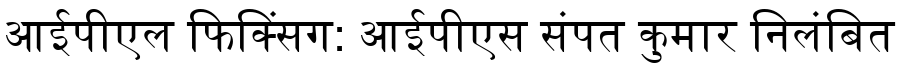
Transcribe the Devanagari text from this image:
आईपीएल फिक्सिंग: आईपीएस संपत कुमार निलंबित